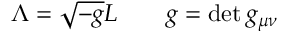
\Lambda = \sqrt { - g } L \qquad g = \operatorname * { d e t } g _ { \mu \nu }